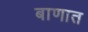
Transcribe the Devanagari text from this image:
बाणात